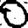
Digit: 0